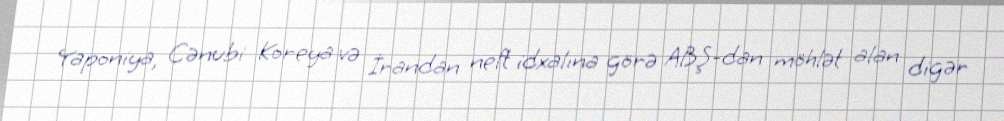
Yaponiya, Cənubi Koreya və İrandan neft idxalına görə ABŞ-dan möhlət alan digər